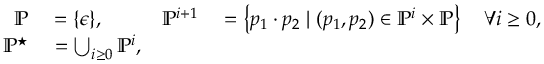
\begin{array} { r l r l } { \mathbb { P } } & { { } = \{ \epsilon \} , } & { \mathbb { P } ^ { i + 1 } } & { { } = \left\{ p _ { 1 } \boldsymbol { \cdot } p _ { 2 } \; | \; ( p _ { 1 } , p _ { 2 } ) \in \mathbb { P } ^ { i } \times \mathbb { P } \right\} \quad \forall i \geq 0 , } \\ { \mathbb { P } ^ { \star } } & { { } = \bigcup _ { i \geq 0 } \mathbb { P } ^ { i } , } \end{array}